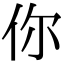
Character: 你